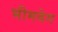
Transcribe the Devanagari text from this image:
भीमवेग